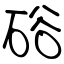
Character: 硲